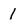
Character: 1